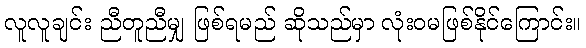
လူလူချင်း ညီတူညီမျှ ဖြစ်ရမည် ဆိုသည်မှာ လုံးဝမဖြစ်နိုင်ကြောင်း။